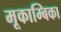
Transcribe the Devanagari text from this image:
मूकाम्‍बिका